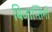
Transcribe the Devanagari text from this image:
बिजान्तिनों